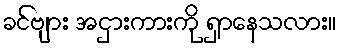
ခင်ဗျား အငှားကားကို ရှာနေသလား။